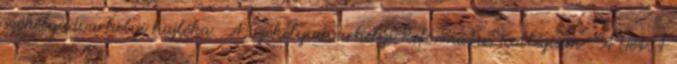
székelyudvarhelyi hajléka. A Székelyudvarhelyi Református Kollégium . A Hét. 1